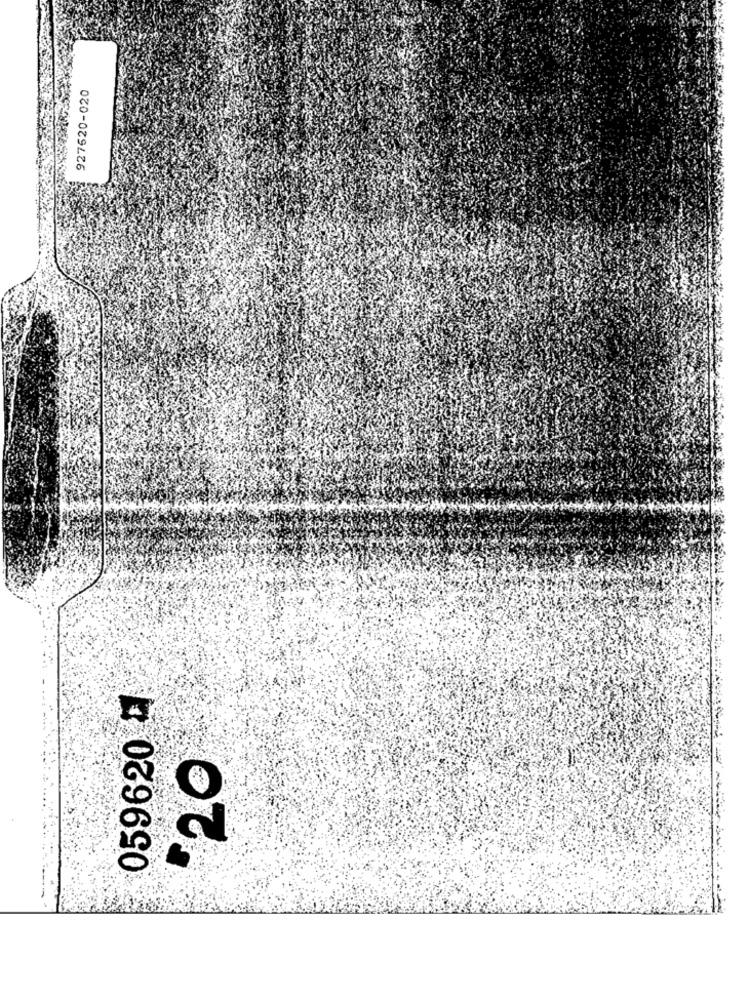
927620-020
059620 ℃
20